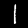
Label: 1